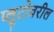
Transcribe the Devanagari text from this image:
प्लूटोवरील